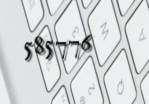
585776